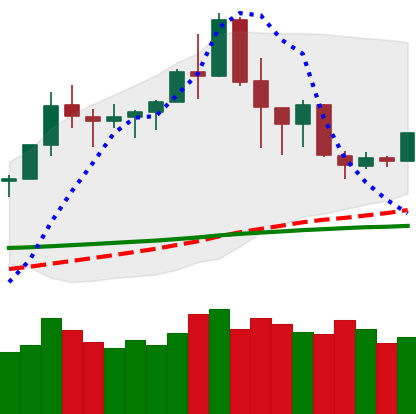
Ticker: TRX-USD
Chart end date: 2020-02-23
Forward return: -19.944%
Label: down_7plus